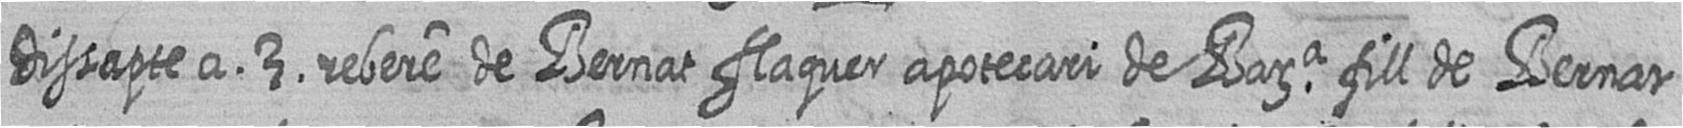
Dissapte a 3 rebere de Bernat flaquer apotecari de Bara fill de Bernat